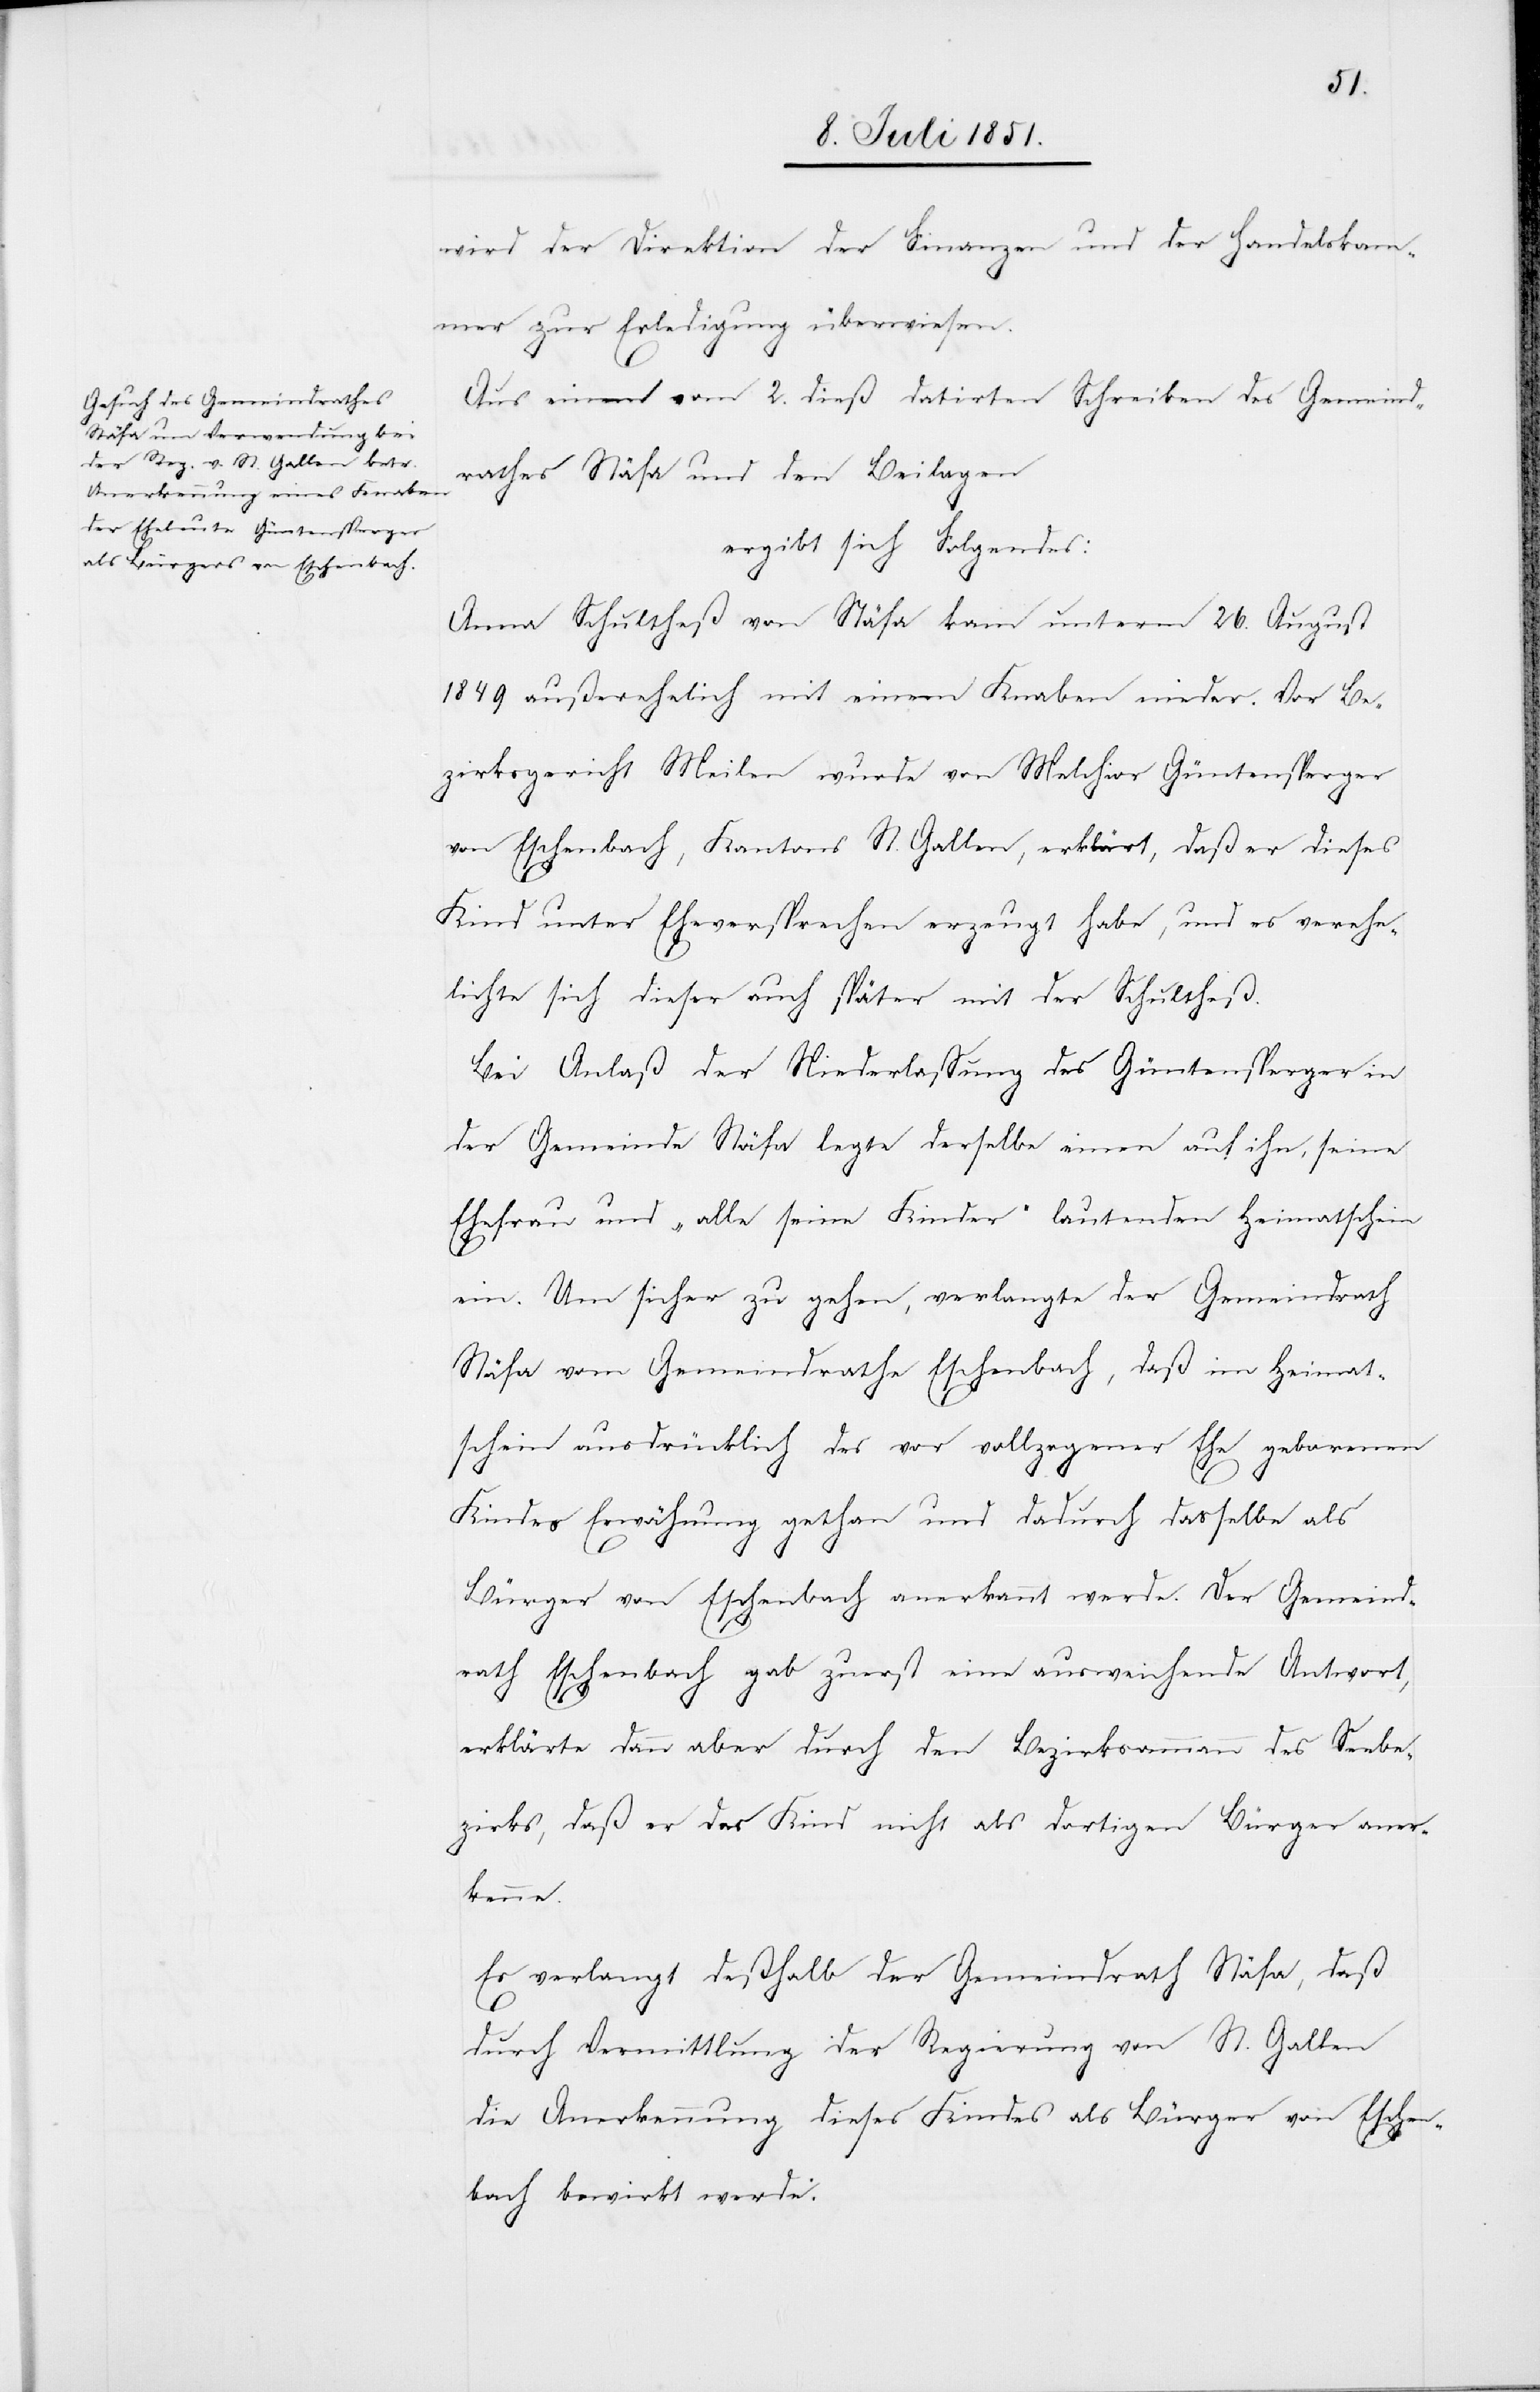
wird der Direktion der Finanzen und der Handelskam¬
mer zur Erledigung überwiesen.
Aus einem vom 2. dieß datirten Schreiben des Gemeind¬
rathes Stäfa und den Beilagen
ergibt sich Folgendes:
Anna Schultheß von Stäfa kam unterm 26. August
1849 außerehelich mit einem Knaben nieder. Vor Be¬
zirksgericht Meilen wurde von Melchior Güntensperger
von Eschenbach, Kantons St. Gallen, erklärt, daß er dieses
Kind unter Eheversprechen erzeugt habe, und es verehe¬
lichte sich dieser auch später mit der Schultheß.
Bei Anlaß der Niederlassung des Güntensperger in
der Gemeinde Stäfa legte derselbe einen auf ihn, seine
Ehefrau und „alle seine Kinder“ lautenden Heimatschein
ein. Um sicher zu gehen, verlangte der Gemeindrath
Stäfa vom Gemeindrathe Eschenbach, daß im Heimat¬
schein ausdrücklich des vor vollzogener Ehe geborenen
Kindes Erwähnung gethan und dadurch dasselbe als
Bürger von Eschenbach anerkannt werde. Der Gemeind¬
rath Eschenbach gab zuerst eine ausweichende Antwort,
erklärte dann aber durch den Bezirksammann des Seebe¬
zirks, daß er das Kind nicht als dortigen Bürger aner¬
kenne.
Es verlangt deßhalb der Gemeindrath Stäfa, daß
durch Vermittlung der Regierung von St. Gallen
die Anerkennung dieses Kindes als Bürger von Eschen¬
bach bewirkt werde.